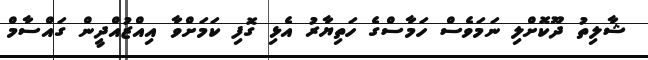
ޝާލިތު ދޫކޮށްލި ނަމަވެސް ހަމާސްގެ ހަތިޔާރު އެޅި ގޮފި ކަމަށްވާ އިއްޒުއްދީން ގައްސާމް